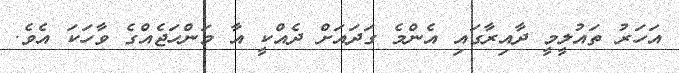
އަހަރު ތައުލީމީ ދާއިރާގައި އެންމެ ގަދައަށް ދެއްކީ އާ މަންހަޖެއްގެ ވާހަކަ އެވެ.